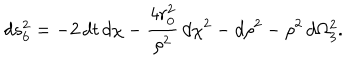
LaTeX: d s _ { 6 } ^ { 2 } = - 2 \, d t \, d \chi - \frac { 4 r _ { 0 } ^ { 2 } } { \rho ^ { 2 } } \, d \chi ^ { 2 } - d \rho ^ { 2 } - \rho ^ { 2 } \, d \Omega _ { 3 } ^ { 2 } .